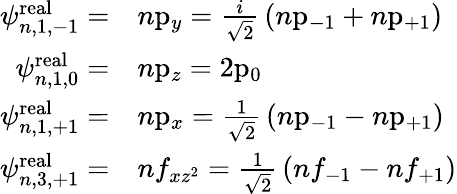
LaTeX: {\begin{array}{rl}{\psi_{n,1,-1}^{\mathrm{real}}=}&{n{\mathrm{p}}_{y}={\frac{i}{\sqrt{2}}}\left(n{\mathrm{p}}_{-1}+n{\mathrm{p}}_{+1}\right)}\\ {\psi_{n,1,0}^{\mathrm{real}}=}&{n{\mathrm{p}}_{z}=2{\mathrm{p}}_{0}}\\ {\psi_{n,1,+1}^{\mathrm{real}}=}&{n{\mathrm{p}}_{x}={\frac{1}{\sqrt{2}}}\left(n{\mathrm{p}}_{-1}-n{\mathrm{p}}_{+1}\right)}\\ {\psi_{n,3,+1}^{\mathrm{real}}=}&{nf_{xz^{2}}={\frac{1}{\sqrt{2}}}\left(nf_{-1}-nf_{+1}\right)}\end{array}}